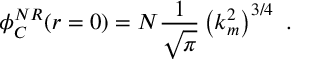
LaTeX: \phi _ { C } ^ { N R } ( r = 0 ) = N \frac { 1 } { \sqrt { \pi } } \left( k _ { m } ^ { 2 } \right) ^ { 3 / 4 } \mathrm { ~ . }